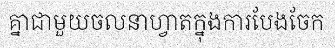
គ្នាជាមួយចលនាហ្វាតក្នុងការបែងចែក